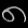
Digit: ၈